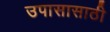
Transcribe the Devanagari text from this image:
उपासासाठी